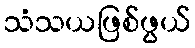
သံသယဖြစ်ဖွယ်